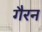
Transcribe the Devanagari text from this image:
गैरन